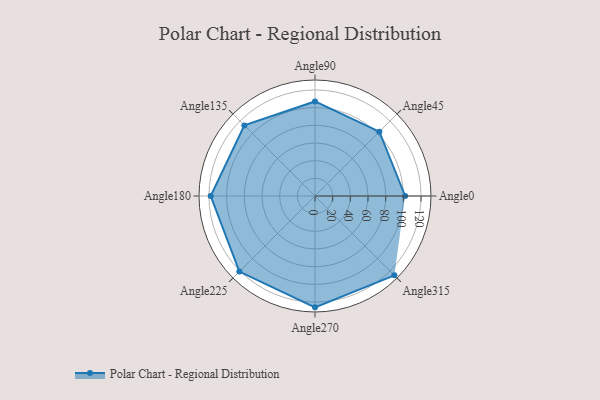
{"axis": {"x": "Angle", "y": "Radius"}, "legend": [""], "data": [{"x": "Angle0", "y": 102.0, "type": ""}, {"x": "Angle45", "y": 103.0, "type": ""}, {"x": "Angle90", "y": 107.0, "type": ""}, {"x": "Angle135", "y": 113.0, "type": ""}, {"x": "Angle180", "y": 118.0, "type": ""}, {"x": "Angle225", "y": 121.0, "type": ""}, {"x": "Angle270", "y": 126.0, "type": ""}, {"x": "Angle315", "y": 127.0, "type": ""}]}